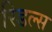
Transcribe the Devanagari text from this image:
रिडल्स